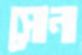
সোনা